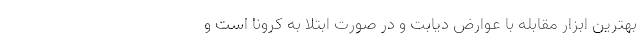
بهترین ابزار مقابله با عوارض دیابت و در صورت ابتلا به کرونا است و